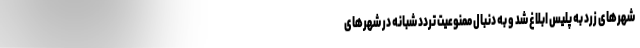
شهرهای زرد به پلیس ابلاغ شد و به دنبال ممنوعیت تردد شبانه در شهرهای